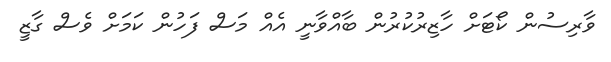
ވާރިސުން ކޯޓަށް ހާޒިރުކުރުން ބާއްވާނީ އެއް މަސް ފަހުން ކަމަށް ވެސް ގާޒީ